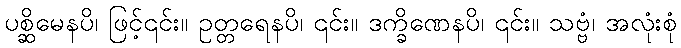
ပစ္ဆိမေနပိ၊ ဖြင့်၎င်း။ ဥတ္တရေနပိ၊ ၎င်း။ ဒက္ခိဏေနပိ၊ ၎င်း။ သဗ္ဗံ၊ အလုံးစုံ